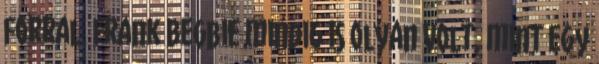
forral. Frank Begbie mindig is olyan volt, mint egy